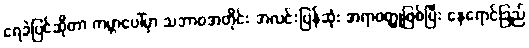
ရေခဲပြင်ဆိုတာ ကမ္ဘာပေါ်မှာ သဘာဝအတိုင်း အလင်းပြန်ဆုံး အရာဝတ္ထုဖြစ်ပြီး နေရောင်ခြည်